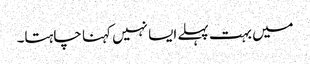
میں بہت پہلے ایسا نہیں کہنا چاہتا۔